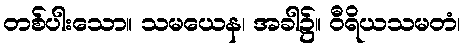
တစ်ပါးသော။ သမယေန၊ အခါ၌။ ဝီရိယသမတံ၊